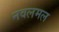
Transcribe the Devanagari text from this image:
नवलमल